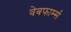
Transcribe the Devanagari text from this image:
वेबफार्म्स